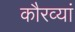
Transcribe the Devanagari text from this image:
कौरव्यां